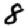
Digit: 8